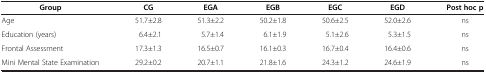
<table><thead><tr><td><b>Group</b></td><td><b>CG</b></td><td><b>EGA</b></td><td><b>EGB</b></td><td><b>EGC</b></td><td><b>EGD</b></td><td><b>Post hoc p</b></td></tr></thead><tbody><tr><td>Age</td><td>51.7±2.8</td><td>51.3±2.2</td><td>50.2±1.8</td><td>50.6±2.5</td><td>52.0±2.6</td><td>ns</td></tr><tr><td>Education (years)</td><td>6.4±2.1</td><td>5.7±1.4</td><td>6.1±1.9</td><td>5.1±2.6</td><td>5.3±1.5</td><td>ns</td></tr><tr><td>Frontal Assessment</td><td>17.3±1.3</td><td>16.5±0.7</td><td>16.1±0.3</td><td>16.7±0.4</td><td>16.4±0.6</td><td>ns</td></tr><tr><td>Mini Mental State Examination</td><td>29.2±0.2</td><td>20.7±1.1</td><td>21.8±1.6</td><td>24.3±1.2</td><td>24.6±1.9</td><td>ns</td></tr></tbody></table>